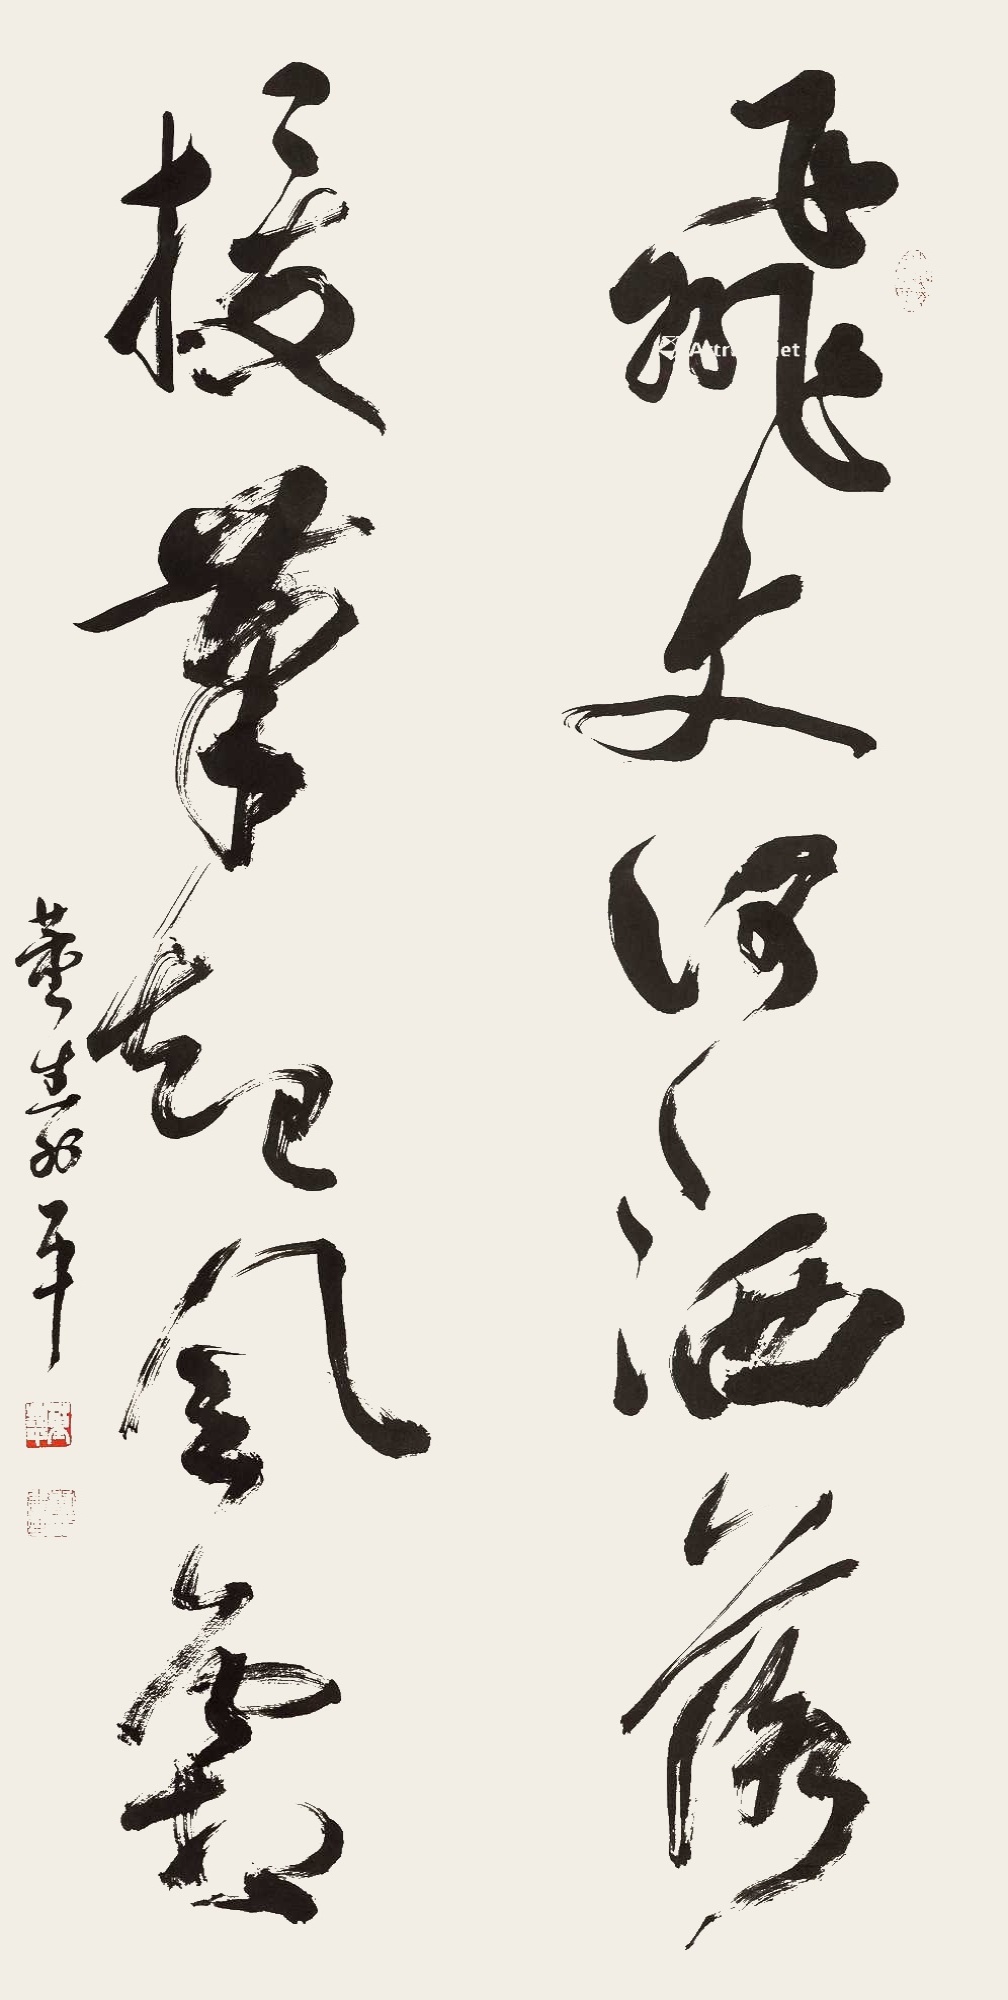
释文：飞文何洒落，援笔起风霞。董寿平。